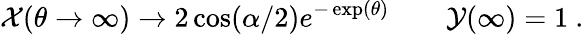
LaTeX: {\cal X}(\theta\to\infty)\to 2\cos(\alpha/2)e^{-\exp(\theta)}\qquad{\cal Y}(\infty)=1\ .